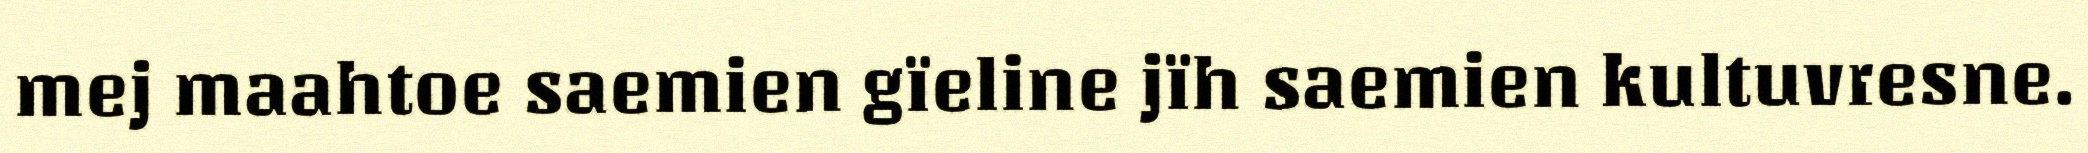
mej maahtoe saemien gïeline jïh saemien kultuvresne.